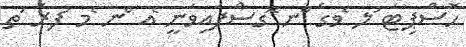
ހޮސްޕިޓަ ުލ ެވގެ ްނ ޮގސްފައިވަނީ ެއ ްނ ެމ ުފރަ ަތ